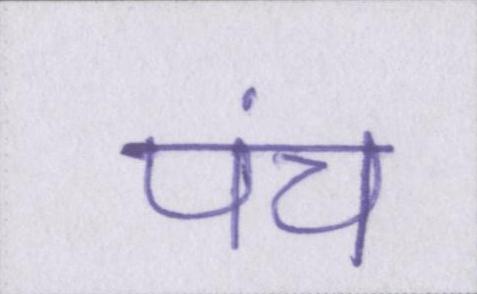
पंच